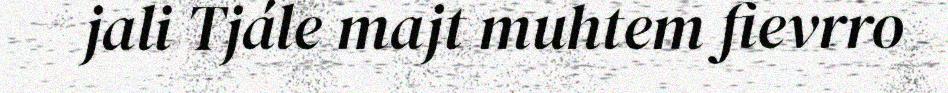
jali Tjále majt muhtem fievrro